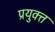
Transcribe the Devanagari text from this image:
प्रयुक्त्त